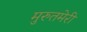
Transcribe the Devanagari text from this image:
मुरुतमेरी